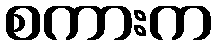
စကားက